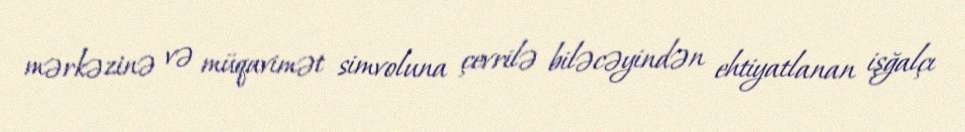
mərkəzinə və müqavimət simvoluna çevrilə biləcəyindən ehtiyatlanan işğalçı